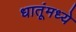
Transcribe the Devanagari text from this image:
धातूंमध्ये